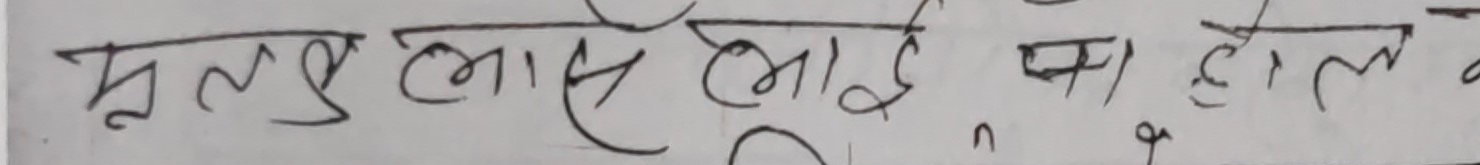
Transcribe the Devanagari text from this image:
मृत्यु लाई का हाल है